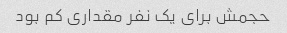
حجمش برای یک نفر مقداری کم بود